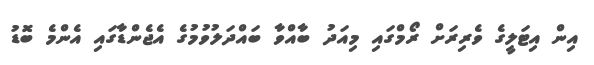
އިން އިޓަލީގެ ވެރިރަށް ރޯމްގައި މިއަދު ބާއްވާ ބައްދަލުވުމުގެ އެޖެންޑާގައި އެންމެ ބޮޑު